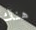
هناك